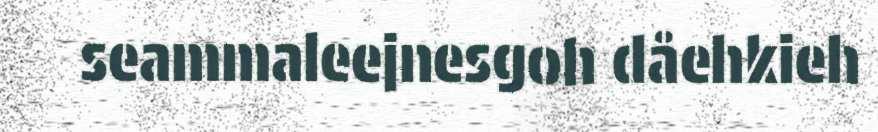
seammaleejnesgoh dåehkieh